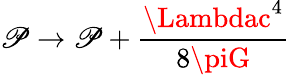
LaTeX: \mathscr{P}\rightarrow\mathscr{P}+{\frac{{\Lambdac^{4}}}{{8\piG}}}